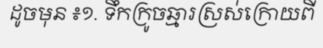
ដូចមុន ៖១. ទឹកក្រូចឆ្មារស្រស់ក្រោយពី